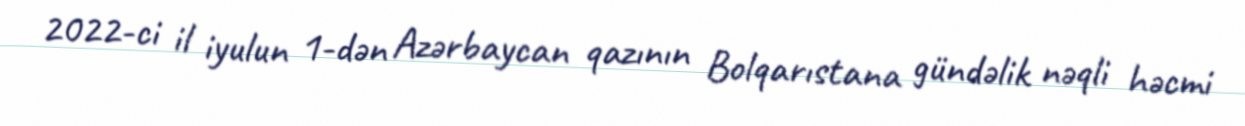
2022-ci il iyulun 1-dən Azərbaycan qazının Bolqarıstana gündəlik nəqli həcmi